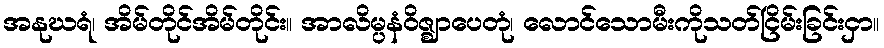
အနုဃရံ၊ အိမ်တိုင်အိမ်တိုင်း။ အာလိမ္ပနံဝိဇ္ဈာပေတုံ၊ လောင်သောမီးကိုသတ်ငြိမ်းခြင်းငှာ။